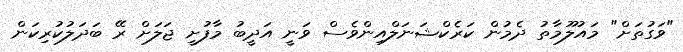
"ވަގުތަށް" މައުލޫމާތު ދެމުން ކަރެކްޝަނަލްއިންވެސް ވަނީ އަދީބު މާފުށީ ޖަލަށް ރޭ ބަދަލުކުރިކަން